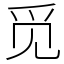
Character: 觅